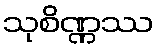
သုစိဏ္ဏဿ